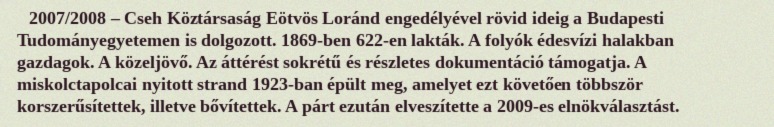
2007/2008 – Cseh Köztársaság Eötvös Loránd engedélyével rövid ideig a Budapesti Tudományegyetemen is dolgozott. 1869-ben 622-en lakták. A folyók édesvízi halakban gazdagok. A közeljövő. Az áttérést sokrétű és részletes dokumentáció támogatja. A miskolctapolcai nyitott strand 1923-ban épült meg, amelyet ezt követően többször korszerűsítettek, illetve bővítettek. A párt ezután elveszítette a 2009-es elnökválasztást.